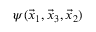
\psi ( \vec { x } _ { 1 } , \vec { x } _ { 3 } , \vec { x } _ { 2 } )